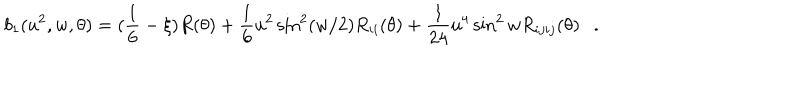
LaTeX: b _ { 1 } ( u ^ { 2 } , w , \theta ) = ( \frac 1 6 - \xi ) R ( \theta ) + { \frac { 1 } { 6 } } u ^ { 2 } \sin ^ { 2 } ( w / 2 ) R _ { i i } ( \theta ) + { \frac { 1 } { 2 4 } } u ^ { 4 } \sin ^ { 2 } w R _ { i j i j } ( \theta ) .